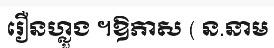
រឿនហ្លួង ។ឱភាស ( ន.នាម